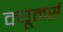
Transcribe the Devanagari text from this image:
क्यूमर्स